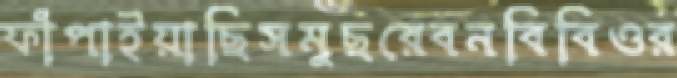
ফাঁপাইয়াছিসমুছরেবনবিবিওর